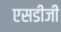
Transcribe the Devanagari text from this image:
एसडीजी